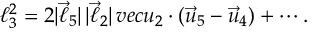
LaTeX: \ell _ { 3 } ^ { 2 } = 2 | \vec { \ell } _ { 5 } | \, | \vec { \ell } _ { 2 } | \, v e c u _ { 2 } \cdot ( \vec { u } _ { 5 } - \vec { u } _ { 4 } ) + \cdots .